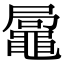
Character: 𪓩